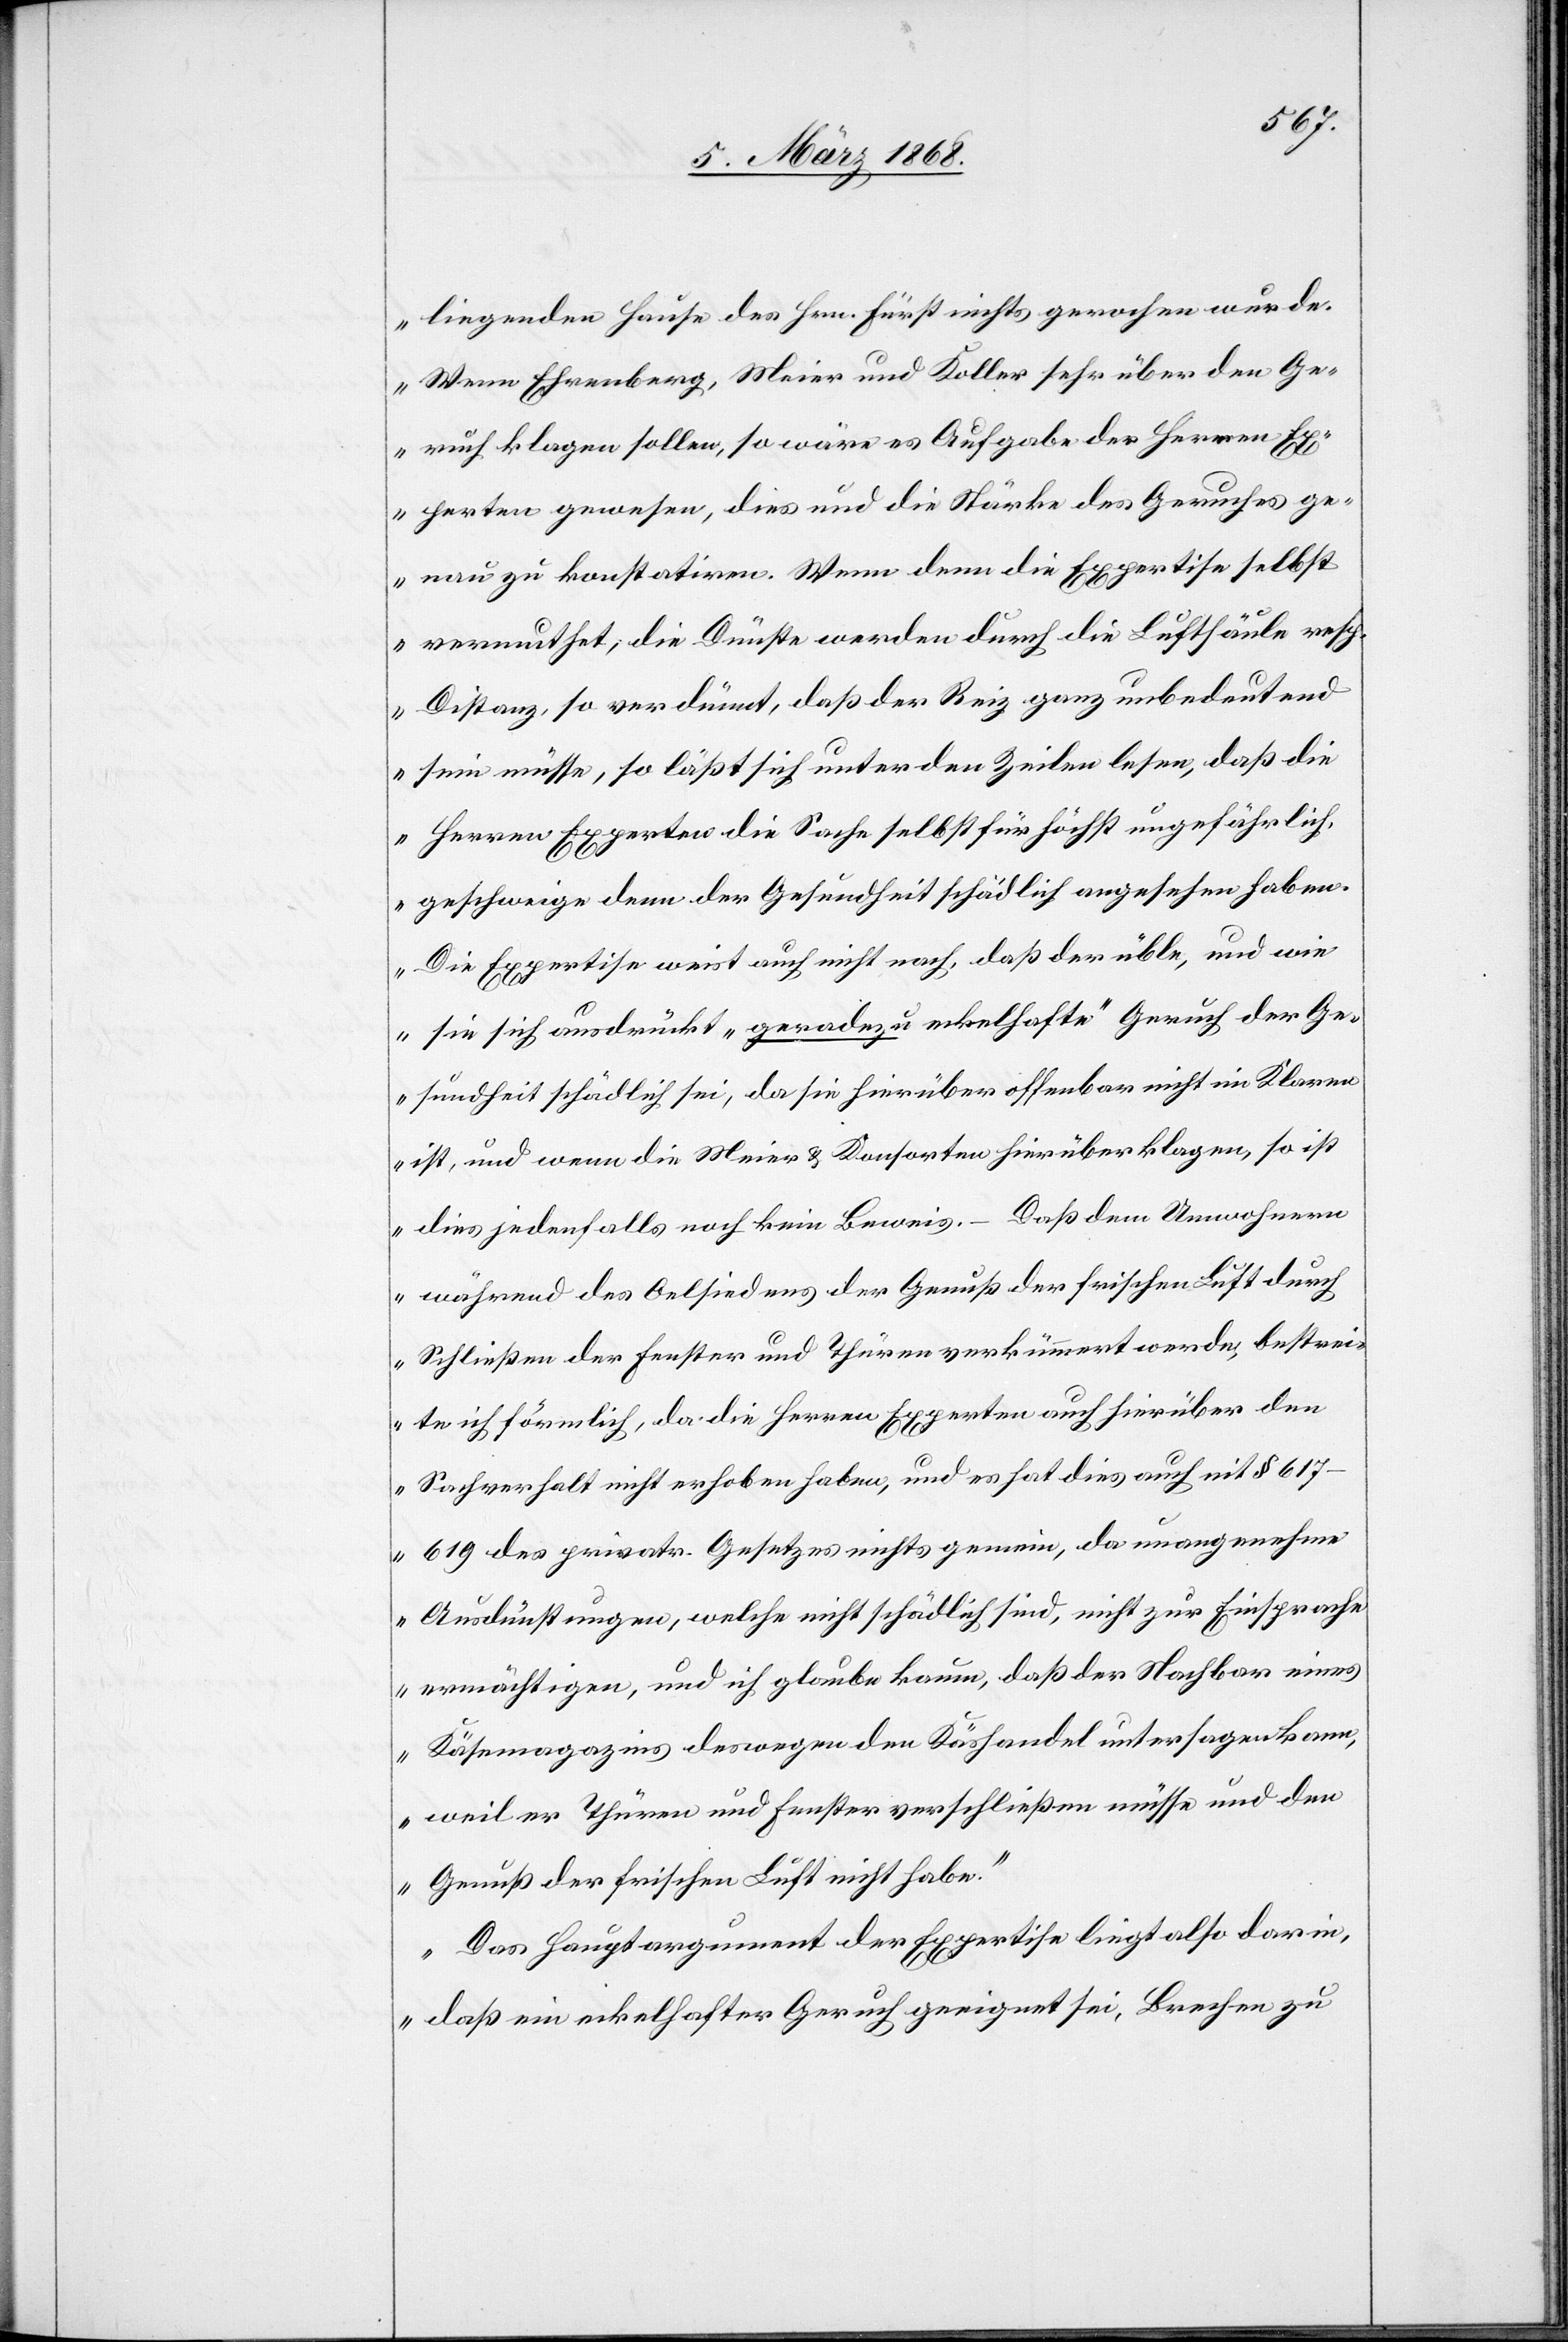
liegenden Hause des Hrn. Fürst nichts gerochen wurde.
Wenn Ehrenberg, Meier und Koller sehr über den Ge¬
ruch klagen sollen, so wäre es Aufgabe der Herren Ex¬
perten gewesen, dies und die Stärke des Geruches ge¬
nau zu konstatiren. Wenn denn die Expertise selbst
vermuthet, die Dünste werden durch die Luftsäule resp.
Distanz, so verdünnt, daß der Reiz ganz unbedeutend
sein müsse, so läßt sich unter den Zeilen lesen, daß die
Herren Experten die Sache selbst für höchst ungefährlich,
geschweige denn der Gesundheit schädlich angesehen haben.
Die Expertise weist auch nicht nach, daß der üble, und wie
sie sich ausdrückt „geradezu eckelhafte“ Geruch der Ge¬
sundheit schädlich sei, da sie hierüber offenbar nicht im Klaren
ist, und wenn die Meier & Konsorten hierüber klagen, so ist
dies jedenfalls noch kein Beweis. – Daß dem [sic!] Umwohnern
während des Oelsiedens der Genuß der frischen Luft durch
Schließen der Fenster und Thüren verkümmert werde, bestrei¬
te ich förmlich, da die Herren Experten auch hierüber den
Sachverhalt nicht erhoben haben, und es hat dies auch mit §
617–619 des privatr. Gesetzes nichts gemein, da unangenehme
Ausdünstungen, welche nicht schädlich sind, nicht zur Einsprache
ermächtigen, und ich glaube kaum, daß der Nachbar eines
Käsemagazins deswegen den Käshandel untersagen kann,
weil er Thüren und Fenster verschließen müsse und den
Genuß der frischen Luft nicht habe.“
„Das Hauptargument der Expertise liegt also darin,
daß ein eckelhafter Geruch geeignet sei, Brechen zu